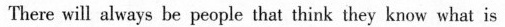
There will always be people that think they know whal is